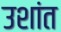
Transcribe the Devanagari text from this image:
उशांत